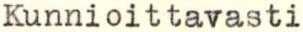
Kunnioittavasti